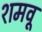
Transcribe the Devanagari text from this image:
शमवू